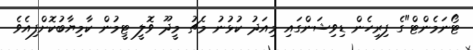
ޓޯނަމެންޓް"ގެ ފިރިހެން ޑިވިޝަންގައި މިއަދު ކުޅުނު މެޗު މީދޫ ވޮލީ ޓީމުން ކާމިޔާބުކޮށްފިއެވެ